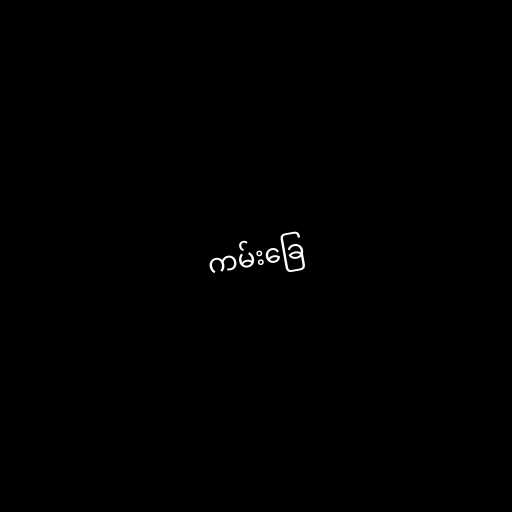
ကမ်းခြေ